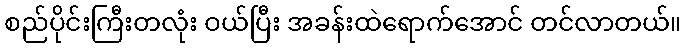
စည်ပိုင်းကြီးတလုံး ဝယ်ပြီး အခန်းထဲရောက်အောင် တင်လာတယ်။